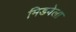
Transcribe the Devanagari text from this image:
मिडवेला